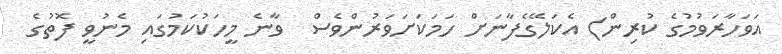
އަވަހާރަވުމުގެ ކުރިން) އެކަލޭގެފާނަށް ހަމަކަށަވަރުންވެސް  ވާނެ މީހަކުކަމުގައި މެނުވީ ފޮތުގެ